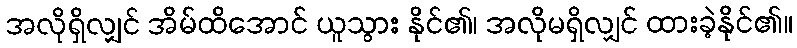
အလိုရှိလျှင် အိမ်ထိအောင် ယူသွား နိုင်၏၊ အလိုမရှိလျှင် ထားခဲ့နိုင်၏။